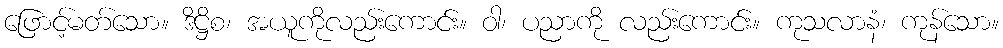
ဖြောင့်မတ်သော။ ဒိဋ္ဌိစ၊ အယူကိုလည်းကောင်း။ ဝါ၊ ပညာကို လည်းကောင်း။ ကုသလာနံ၊ ကုန်သော။